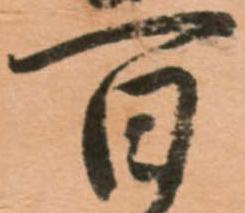
百